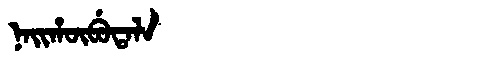
Manchu: ᠨᠠᡳᡥᡡᠪᡠᡨᠠᠯᠠ
Romanization: NAIHŪBUTALA